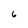
Character: 6